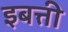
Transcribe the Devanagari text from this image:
इबत्ती